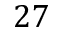
2 7